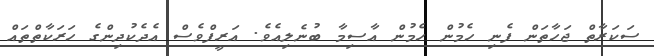
ސަކަރާތް ޖަހާތަން ފެނި ހެމުން ހެމުން އާސިމާ ބުނެލިއެވެ. އަރީފްވެސް އެދެކުދިންގެ ހަރަކާތްތައް